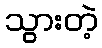
သွားတဲ့